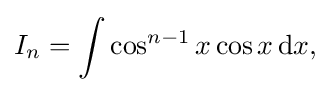
I_{n}=\int \cos ^{n-1}x\cos x\,{\text{d}}x,\,\!